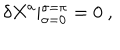
LaTeX: \delta X ^ { a } \vert _ { \sigma = 0 } ^ { \sigma = \pi } = 0 \ ,